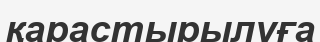
қарастырылуға